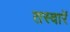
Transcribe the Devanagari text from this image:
तस्‍वारें